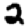
Digit: 2